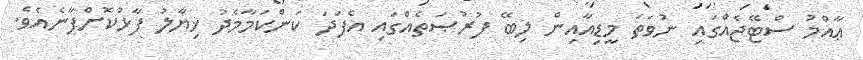
ޢާއްމު ސްޓޭޖެއްގައި ނުވަތަ މީޑިއާއިން ލިބޭ ފުރުޞަތެއްގައި އެފަދަ ކަންކަމާމެދު ޚިޔާލު ފާޅުކޮށްފާނެއެވެ.